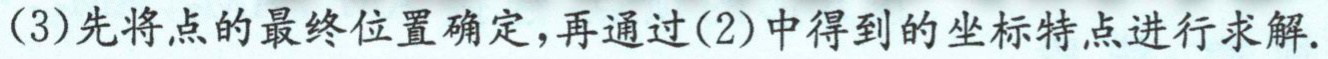
(3)先将点的最终位置确定，再通过(2)中得到的坐标特点进行求解.